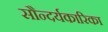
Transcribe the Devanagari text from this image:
सौन्दर्यकारिका